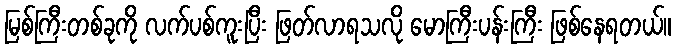
မြစ်ကြီးတစ်ခုကို လက်ပစ်ကူးပြီး ဖြတ်လာရသလို မောကြီးပန်းကြီး ဖြစ်နေရတယ်။